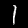
Label: 1